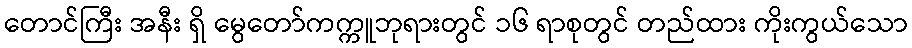
တောင်ကြီး အနီး ရှိ မွေတော်ကက္ကူဘုရားတွင် ၁၆ ရာစုတွင် တည်ထား ကိုးကွယ်သော